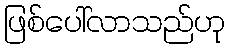
ဖြစ်ပေါ်လာသည်ဟု